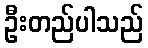
ဦးတည်ပါသည်